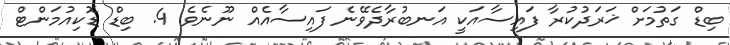
ބިޑް ގަތުމަށް ޚަރަދުކުރާ ފައިސާއަކީ އަނބުރާދެވޭނެ ފައިސާއެއް ނޫނެވެ. 4. ބިޑް ޑޮކިއުމަންޓް